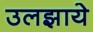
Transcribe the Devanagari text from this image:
उलझाये